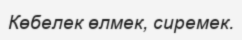
Көбелек өлмек, сиремек.